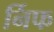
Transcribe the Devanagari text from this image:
र्निफ